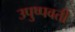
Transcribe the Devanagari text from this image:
उपुष्पवती